Civil Veterinary Department. Madras. Admin. report 1926-33 - 1926-1933
Year: 1926
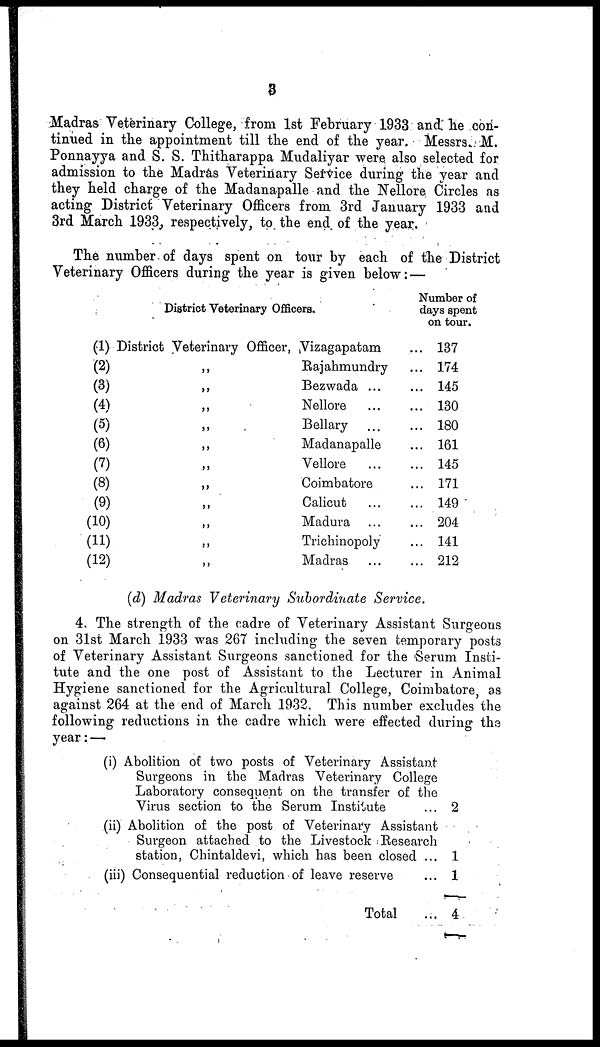
3
Madras Veterinary College, from 1st February 1933 and he con-
tinued in the appointment till the end of the year. Messrs. M.
Ponnayya and S. S. Thitharappa Mudaliyar were also selected for
admission to the Madras Veterinary Service during the year and
they held charge of the Madanapalle and the Nellore Circles as
acting District Veterinary Officers from 3rd January 1933 and
3rd March 1933, respectively, to the end of the year.
The number of days spent on tour by each of the District
Veterinary Officers during the year is given below :—
District Veterinary Officers.
(1) District Veterinary Officer, Vizagapatam
(2)
„
Rajahmundry
(3)
„
Bezwada ...
(4)
„
Nellore …
(5)
„
Bellary …
(6)
„
Madanapalle
(7)
„
Vellore …
(8)
„
Coimbatore
(9)
„
Calicut
(10)
„
Madura
(11)
„
Trichinopoly
(12)
„
Madras
Number of
days spent
on tour.
... 137
... 174
... 145
... 130
... 180
... 161
... 145
... 171
... 149
... 204
... 141
... 212
(d) Madras Veterinary Subordinate
Service.
4. The strength of the cadre of Veterinary Assistant Surgeons
on 31st March 1933 was 267 including the seven temporary posts
of Veterinary Assistant Surgeons sanctioned for the Serum Insti-
tute and the one post of Assistant to the Lecturer in Animal
Hygiene sanctioned for the Agricultural College, Coimbatore, as
against 264 at the end of March 1932. This number excludes the
following reductions in the cadre which were effected during the
year:—
(i) Abolition of two posts of Veterinary Assistant
Surgeons in the Madras Veterinary College
Laboratory consequent on the transfer of the
Virus section to the Serum Institute ...
(ii) Abolition of the post of Veterinary Assistant
Surgeon attached to the Livestock Research
station, Chintaldevi, which has been closed ...
(iii) Consequential reduction of leave reserve ...
Total ...
2
1
1
4